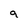
Character: 9